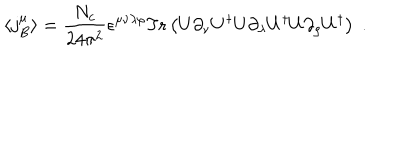
LaTeX: \langle j _ { B } ^ { \mu } \rangle = \frac { N _ { c } } { 2 4 \pi ^ { 2 } } \epsilon ^ { \mu \nu \lambda \rho } \mathrm { T r } \left( U \partial _ { \nu } U ^ { \dagger } U \partial _ { \lambda } U ^ { \dagger } U \partial _ { \rho } U ^ { \dagger } \right) \; .